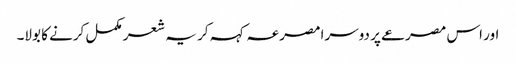
اور اس مصرعے پر دوسرا مصرعہ کہہ کر یہ شعر مکمل کرنے کا بولا۔